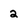
Character: 2